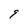
Character: 9